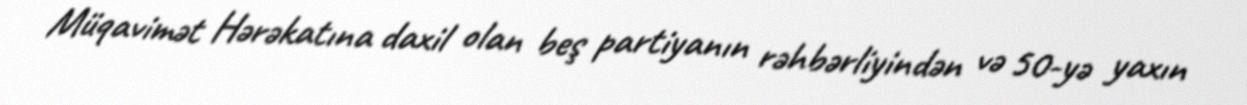
Müqavimət Hərəkatına daxil olan beş partiyanın rəhbərliyindən və 50-yə yaxın